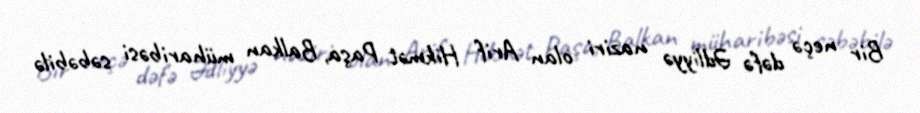
Bir neçə dəfə Ədliyyə naziri olan Arif Hikmət Paşa, Balkan müharibəsi səbəbilə